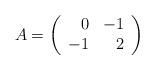
LaTeX: \begin{align*}A=\left(\begin{array}{rr} 0&-1\\ -1&2 \end{array}\right)\end{align*}